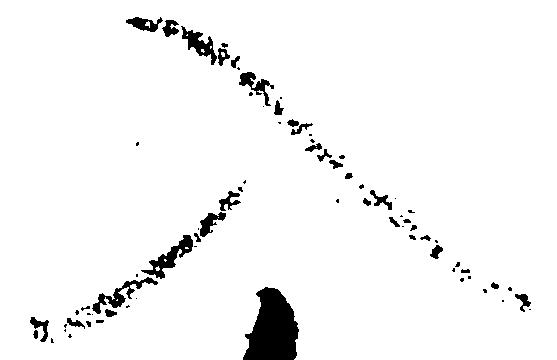
入